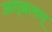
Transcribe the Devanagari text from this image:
अम्बलम्